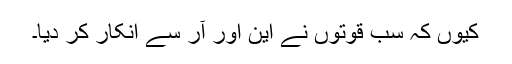
کیوں کہ سب قوتوں نے این اور آر سے انکار کر دیا۔